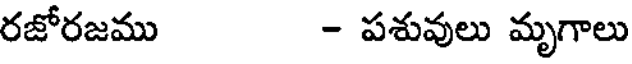
రజోరజము - పశువులు మృగాలు